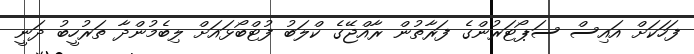
ފަހަކަށް އައިސް ސަޕޯޓަރުންގެ ފަރާތުން ރާއްޖޭގެ ކްލަބު ފުޓްބޯޅައަށް ލިބެމުންދާ ތަރުހީބު ދަނީ